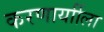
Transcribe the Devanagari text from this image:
करणार्याीला